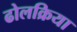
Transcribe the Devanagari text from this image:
ढोलक्रिया